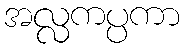
အလ္လကပ္ပကာ